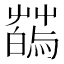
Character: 𦺂